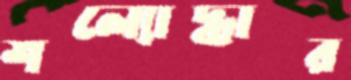
শল্যোদ্ধার